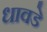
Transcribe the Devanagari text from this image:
धावडे